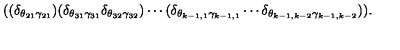
( ( \delta _ { \theta _ { 2 1 } \gamma _ { 2 1 } } ) ( \delta _ { \theta _ { 3 1 } \gamma _ { 3 1 } } \delta _ { \theta _ { 3 2 } \gamma _ { 3 2 } } ) \cdots ( \delta _ { \theta _ { k - 1 , 1 } \gamma _ { k - 1 , 1 } } \cdots \delta _ { \theta _ { k - 1 , k - 2 } \gamma _ { k - 1 , k - 2 } } ) ) .